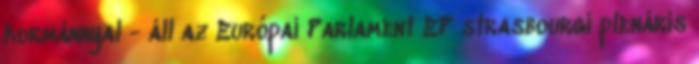
kormánnyal - áll az Európai Parlament EP strasbourgi plenáris